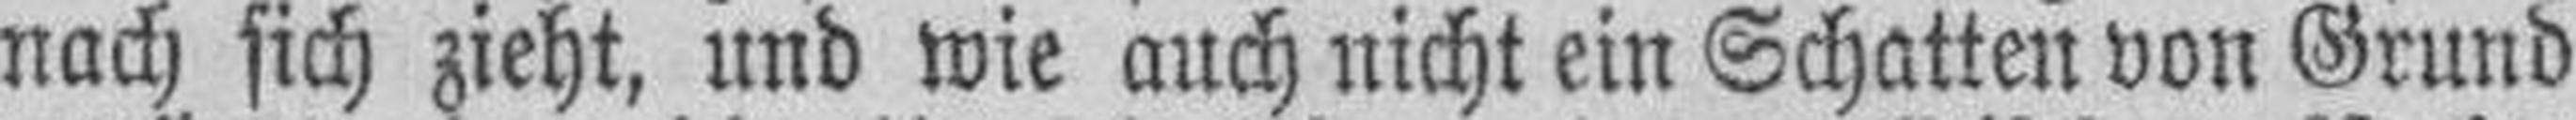
nach sich zieht, und wie auch nicht ein Schatten von Grund